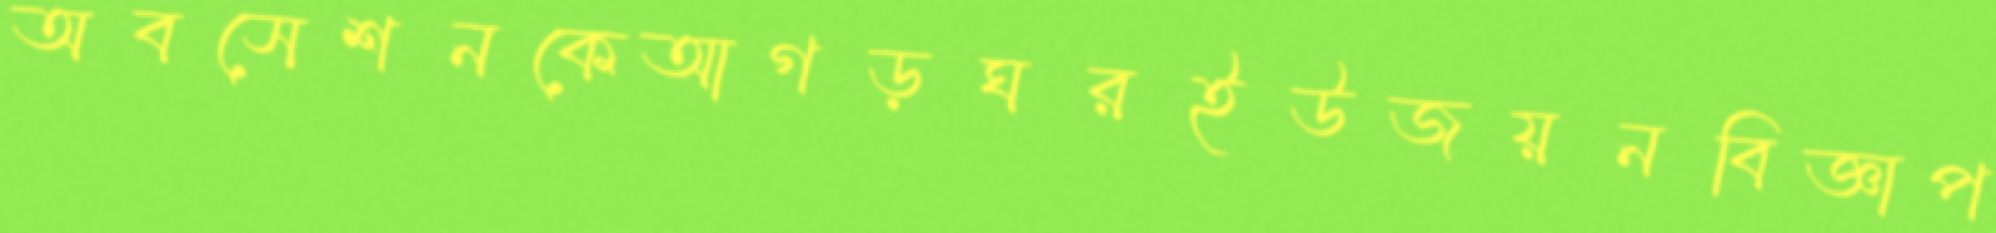
অবসেশনকেআগড়ঘরইউজয়নবিজ্ঞাপ